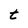
Character: t